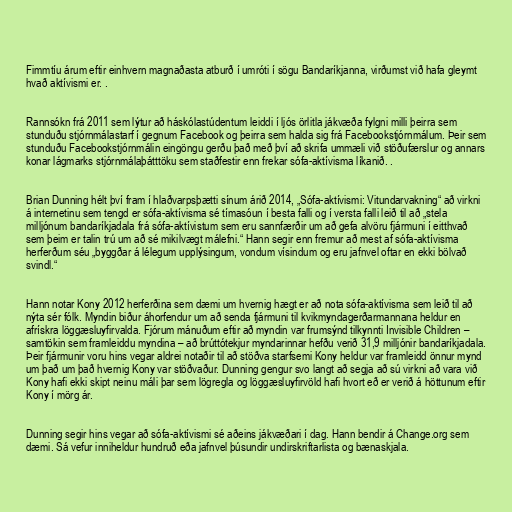
Fimmtíu árum eftir einhvern magnaðasta atburð í umróti í sögu Bandaríkjanna, virðumst við hafa gleymt
hvað aktívismi er. .

Rannsókn frá 2011 sem lýtur að háskólastúdentum leiddi í ljós örlitla jákvæða fylgni milli þeirra sem
stunduðu stjórnmálastarf í gegnum Facebook og þeirra sem halda sig frá Facebookstjórnmálum. Þeir sem
stunduðu Facebookstjórnmálin eingöngu gerðu það með því að skrifa ummæli við stöðufærslur og annars
konar lágmarks stjórnmálaþátttöku sem staðfestir enn frekar sófa-aktívisma líkanið. .

Brian Dunning hélt því fram í hlaðvarpsþætti sínum árið 2014, „Sófa-aktívismi: Vitundarvakning“ að virkni
á internetinu sem tengd er sófa-aktívisma sé tímasóun í besta falli og í versta falli leið til að „stela
milljónum bandaríkjadala frá sófa-aktívistum sem eru sannfærðir um að gefa alvöru fjármuni í eitthvað
sem þeim er talin trú um að sé mikilvægt málefni.“ Hann segir enn fremur að mest af sófa-aktívisma
herferðum séu „byggðar á lélegum upplýsingum, vondum vísindum og eru jafnvel oftar en ekki bölvað
svindl.“

Hann notar Kony 2012 herferðina sem dæmi um hvernig hægt er að nota sófa-aktívisma sem leið til að
nýta sér fólk. Myndin biður áhorfendur um að senda fjármuni til kvikmyndagerðarmannana heldur en
afrískra löggæsluyfirvalda. Fjórum mánuðum eftir að myndin var frumsýnd tilkynnti Invisible Children –
samtökin sem framleiddu myndina – að brúttótekjur myndarinnar hefðu verið 31,9 milljónir bandaríkjadala.
Þeir fjármunir voru hins vegar aldrei notaðir til að stöðva starfsemi Kony heldur var framleidd önnur mynd
um það um það hvernig Kony var stöðvaður. Dunning gengur svo langt að segja að sú virkni að vara við
Kony hafi ekki skipt neinu máli þar sem lögregla og löggæsluyfirvöld hafi hvort eð er verið á höttunum eftir
Kony í mörg ár.

Dunning segir hins vegar að sófa-aktívismi sé aðeins jákvæðari í dag. Hann bendir á Change.org sem
dæmi. Sá vefur inniheldur hundruð eða jafnvel þúsundir undirskriftarlista og bænaskjala.